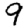
Digit: 9